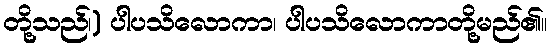
တို့သည်၊) ပါပသိလောကာ၊ ပါပသိလောကာတို့မည်၏။